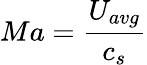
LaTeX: Ma=\frac{U_{avg}}{c_{s}}